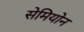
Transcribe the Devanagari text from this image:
सेमियोन